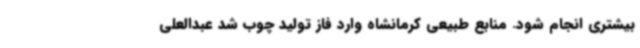
بیشتری انجام شود. منابع طبیعی کرمانشاه وارد فاز تولید چوب شد عبدالعلی